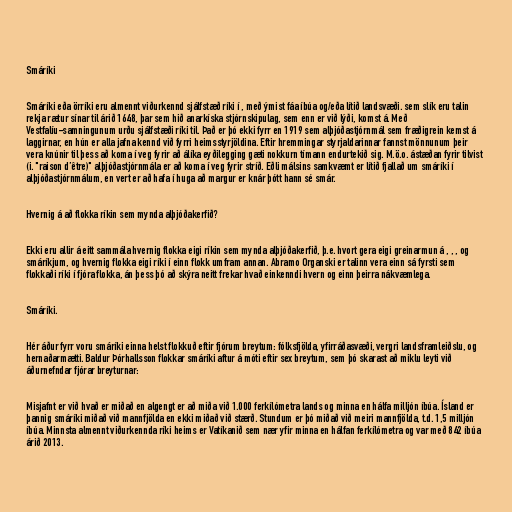
Smáríki

Smáríki eða örríki eru almennt viðurkennd sjálfstæð ríki í , með ýmist fáa íbúa og/eða lítið landsvæði. sem slík eru talin
rekja rætur sínar til árið 1648, þar sem hið anarkíska stjórnskipulag, sem enn er við lýði, komst á. Með
Vestfalíu-samningunum urðu sjálfstæði ríki til. Það er þó ekki fyrr en 1919 sem alþjóðastjórnmál sem fræðigrein kemst á
laggirnar, en hún er alla jafna kennd við fyrri heimsstyrjöldina. Eftir hremmingar styrjaldarinnar fannst mönnunum þeir
vera knúnir til þess að koma í veg fyrir að álíka eyðilegging gæti nokkurn tímann endurtekið sig. M.ö.o. ástæðan fyrir tilvist
(i. "raison d’être)" alþjóðastjórnmála er að koma í veg fyrir stríð. Eðli málsins samkvæmt er lítið fjallað um smáríki í
alþjóðastjórnmálum, en vert er að hafa í huga að margur er knár þótt hann sé smár.

Hvernig á að flokka ríkin sem mynda alþjóðakerfið?

Ekki eru allir á eitt sammála hvernig flokka eigi ríkin sem mynda alþjóðakerfið, þ.e. hvort gera eigi greinarmun á , , , og
smáríkjum, og hvernig flokka eigi ríki í einn flokk umfram annan. Abramo Organski er talinn vera einn sá fyrsti sem
flokkaði ríki í fjóra flokka, án þess þó að skýra neitt frekar hvað einkenndi hvern og einn þeirra nákvæmlega.

Smáríki.

Hér áður fyrr voru smáríki einna helst flokkuð eftir fjórum breytum: fólksfjölda, yfirráðasvæði, vergri landsframleiðslu, og
hernaðarmætti. Baldur Þórhallsson flokkar smáríki aftur á móti eftir sex breytum, sem þó skarast að miklu leyti við
áðurnefndar fjórar breyturnar:

Misjafnt er við hvað er miðað en algengt er að miða við 1.000 ferkílómetra lands og minna en hálfa milljón íbúa. Ísland er
þannig smáríki miðað við mannfjölda en ekki miðað við stærð. Stundum er þó miðað við meiri mannfjölda, t.d. 1,5 milljón
íbúa. Minnsta almennt viðurkennda ríki heims er Vatíkanið sem nær yfir minna en hálfan ferkílómetra og var með 842 íbúa
árið 2013.